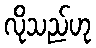
လိုသည်ဟု